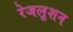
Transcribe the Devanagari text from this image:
रेजलूशन